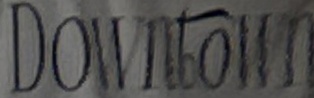
Downtown